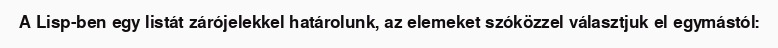
A Lisp-ben egy listát zárójelekkel határolunk, az elemeket szóközzel választjuk el egymástól: